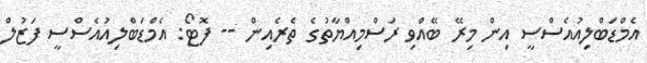
އެމްޑަބްލިއުއެސްސީ އިން މިރޭ ބޭއްވި ރަސްމިއްޔާތުގެ ތެރެއިން -- ފޮޓޯ: އެމްޑަބްލިއުއެސްސީ ފަޒުލް